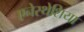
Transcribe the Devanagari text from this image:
एनेस्थेशिया